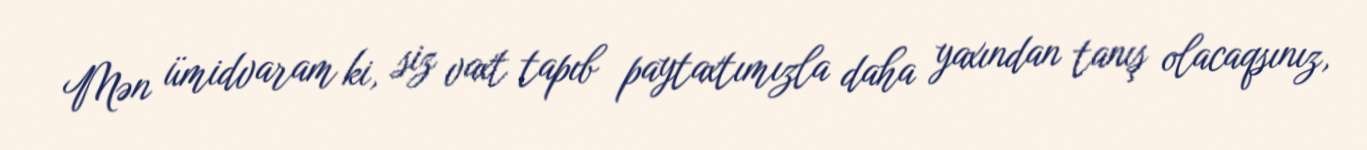
Mən ümidvaram ki, siz vaxt tapıb paytaxtımızla daha yaxından tanış olacaqsınız,